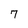
Character: 7